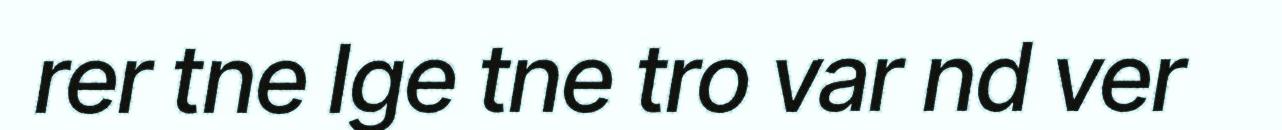
rer tne Ige tne tro var nd ver